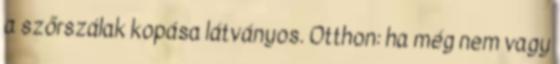
a szőrszálak kopása látványos. Otthon: ha még nem vagy